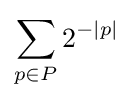
\sum _{p\in P}2^{-|p|}